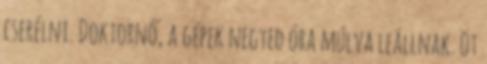
cserélni. Doktornő, a gépek negyed óra múlva leállnak. Öt